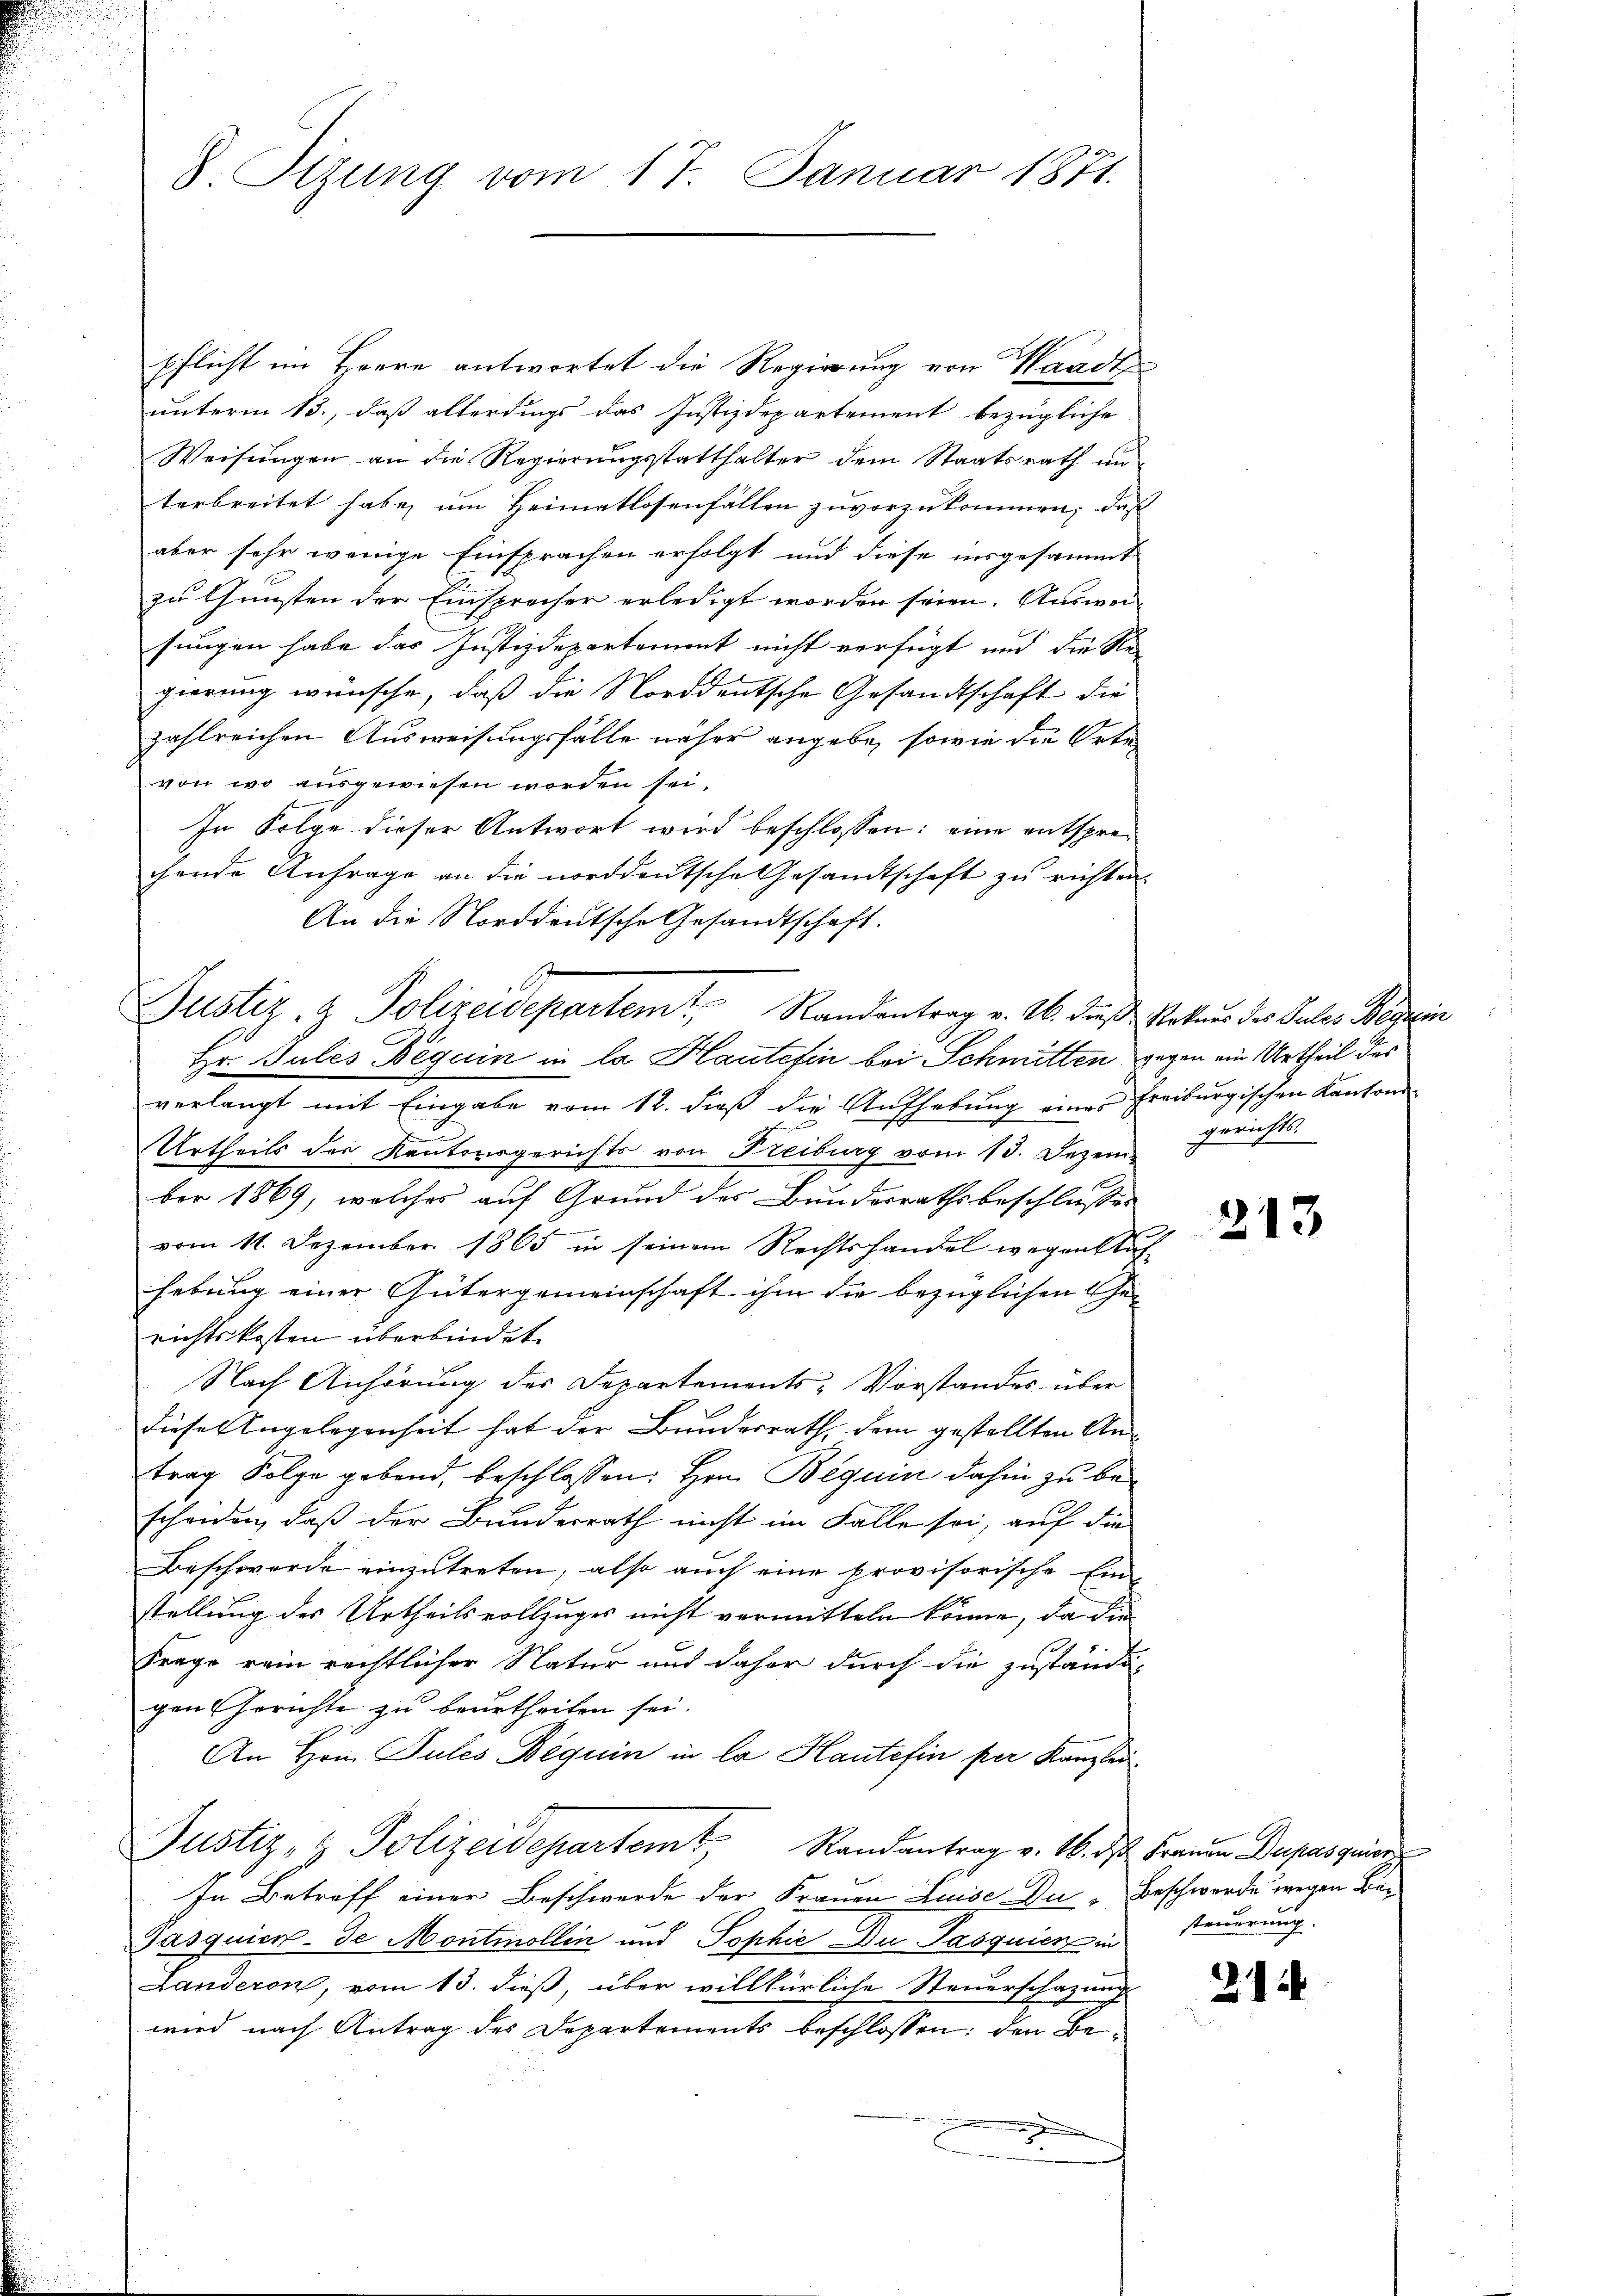
8. Sizung vom 17. Januar 1871.

pflicht im Heere antwortet die Regierung von Waadt
unterm 13., daß allerdings das Justizdepartement bezügliche
Weisungen an die Regierungsstatthalter dem Staatsrath unterbreitet habe, um Heimatlosenfällen zuvorzukommen, daß
aber sehr wenige Einsprachen erfolgt und diese insgesammt
zu Gunsten der Einsprecher erledigt worden seien. Auswei
sungen habe das Justizdepartement nicht verfügt und die Re
gierung wünsche, daß die Norddeutsche Gesandtschaft die
zahlreichen Ausweisungsfälle näher angebe, sowie die Orte
von wo ausgewiesen worden sei.
In Folge dieser Antwort wird beschlossen: eine entsprechende Anfrage an die norddeutsche Gesandtschaft zu richten.
An die Norddeutsche Gesandtschaft.
Justiz- & Polizeidepartem Randantrag v. M. dieß Petrus des Sales Begin
Hr. Jules Beguin in la Hautefen bei Schmitten gegen ein Urtheil des
verlangt mit Eingabe vom 12. daß die Aufhebung eines Freiburgischen Kantons
Urtheils des Kantonsgerichts von Freiburg vom 13. Dezem-
ber 1869, welches auf Grund des Bundesrathsbeschlusses
vom 11. Dezember 1865 in seinem Rechtshandel wegen tüchhebung einer Gütergemeinschaft ihm die bezüglichen Ge-
nichtskosten überbindet.
Nach Anhörung des Departements-Vorstandes über
dieses Angelegenheit hat der Bundesrath, dem gestellten Antrag Folge gebend, beschlossen: Hrn. Beguin dahin zu beschenden, daß der Bunderrath nicht im Falle sei, auf die
Beschwerde einzutreten, also auch eine provisorische Einstellung des Urtheilsvollzuges nicht vermitteln könne, da die
Frage rein rechtlicher Natur und daher durch die zuständi-
gen Gerichte zu beurtheilen sei.
An Hrn. Pules Beguin in la Haute fin per Kanzlei¬
Justiz- & Polizeidepartemt, Randantrag v. 16. ds Fraum Depagniere
In Betreff einer Beschwerde der Frauen Luise Du - Beschwerde wegen Be¬
Pasquier- de Montmollin und Tophie Du Jasquien in steuerung.
Landeron, vom 13. dieß, über willkürliche Steuerschazung
wird nach Antrag des Departements beschlossen: den Be¬

e

gerichts.

213

21